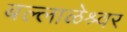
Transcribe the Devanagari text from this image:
बल्लाळेश्र्वर